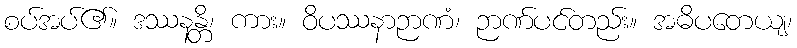
စပ်အပ်၏။ ဒဿနန္တိ၊ ကား။ ဝိပဿနာဉာဏံ၊ ဉာဏ်ပင်တည်း။ အဓိပတေယျ၊